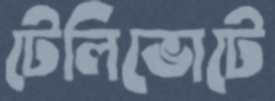
টেলিভোটে